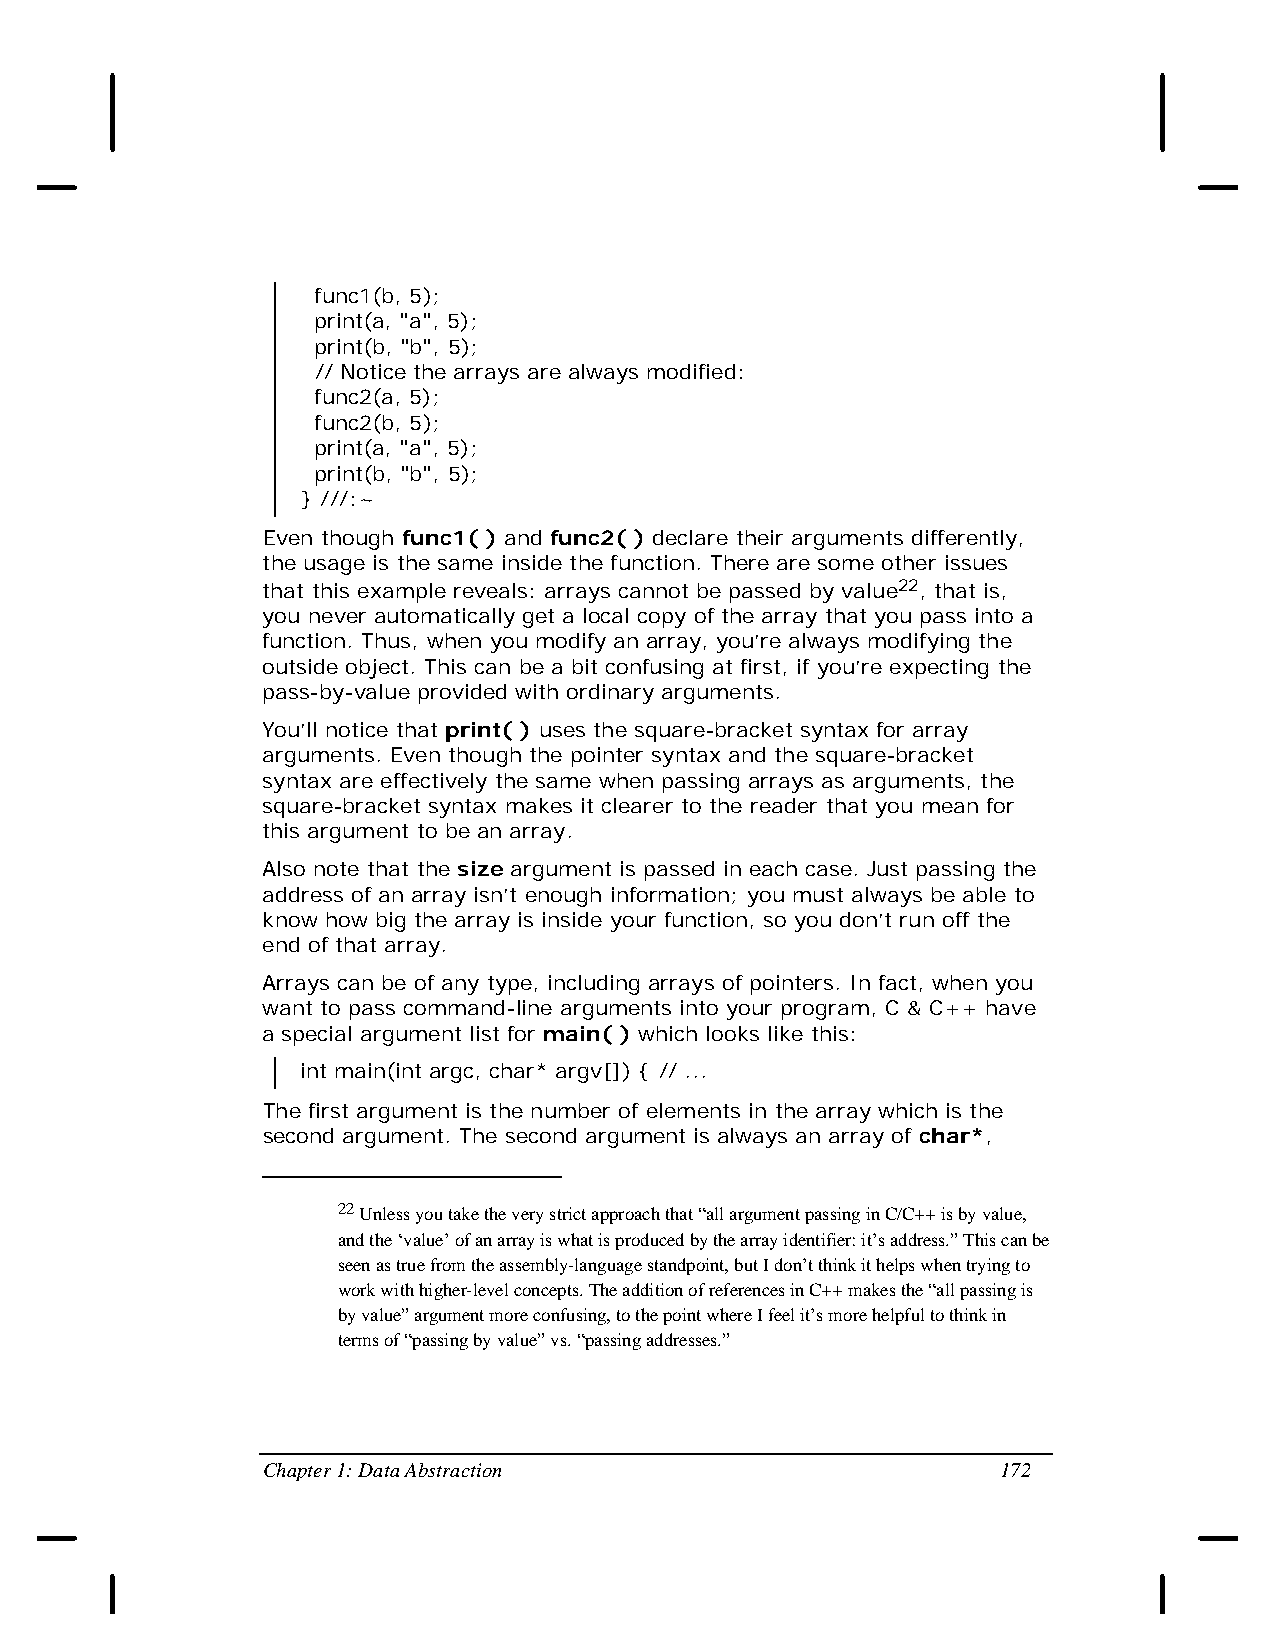
func1(b, 5);
 print(a, "a", 5);
 print(b, "b", 5);
 // Notice the arrays are always modified:
 func2(a, 5);
 func2(b, 5);
 print(a, "a", 5);
 print(b, "b", 5);
 } ///:~
 Even though func1( ) and func2( ) declare their arguments differently,
 the usage is the same inside the function. There are some other issues
 that this example reveals: arrays cannot be passed by value22, that is,
 you never automatically get a local copy of the array that you pass into a
 function. Thus, when you modify an array, you’re always modifying the
 outside object. This can be a bit confusing at first, if you’re expecting the
 pass-by-value provided with ordinary arguments.
 You’ll notice that print( ) uses the square-bracket syntax for array
 arguments. Even though the pointer syntax and the square-bracket
 syntax are effectively the same when passing arrays as arguments, the
 square-bracket syntax makes it clearer to the reader that you mean for
 this argument to be an array.
 Also note that the size argument is passed in each case. Just passing the
 address of an array isn’t enough information; you must always be able to
 know how big the array is inside your function, so you don’t run off the
 end of that array.
 Arrays can be of any type, including arrays of pointers. In fact, when you
 want to pass command-line arguments into your program, C & C++ have
 a special argument list for main( ) which looks like this:
 int main(int argc, char* argv[]) { // ...
 The first argument is the number of elements in the array which is the
 second argument. The second argument is always an array of char*,
 22 Unless you take the very strict approach that “all argument passing in C/C++ is by value,
 and the ‘value’ of an array is what is produced by the array identifier: it’s address.” This can be
 seen as true from the assembly-language standpoint, but I don’t think it helps when trying to
 work with higher-level concepts. The addition of references in C++ makes the “all passing is
 by value” argument more confusing, to the point where I feel it’s more helpful to think in
 terms of “passing by value” vs. “passing addresses.”
 Chapter 1: Data Abstraction                      172